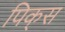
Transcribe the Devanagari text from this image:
पिक्‌स